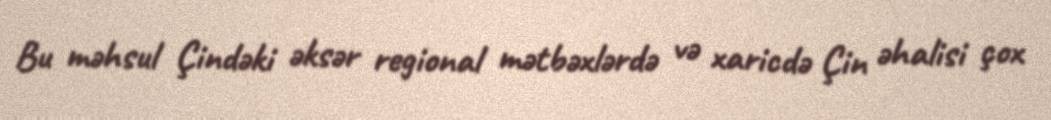
Bu məhsul Çindəki əksər regional mətbəxlərdə və xaricdə Çin əhalisi çox